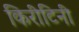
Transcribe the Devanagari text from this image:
किरीटिनी